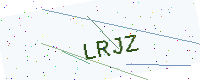
Text: LRJZ